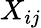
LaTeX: X_{ij}